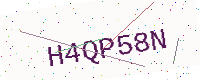
Text: H4QP58N